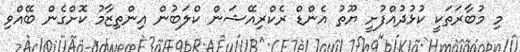
މި މުބާރަތަކީ ކުޅުދުއްފުށީ ޔޫތު އެންޑް ރެކްރިއޭޝަން ކްލަބުން އިންތިޒާމު ކޮށްގެން ބޭއްވި